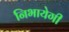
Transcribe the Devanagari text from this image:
निभायेगी